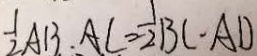
\frac { 1 } { 2 } A B \cdot A C = \frac { 1 } { 2 } B C \cdot A D